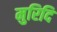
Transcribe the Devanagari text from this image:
मुरिदि